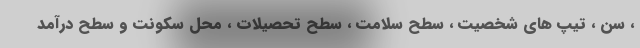
، سن ، تیپ های شخصیت ، سطح سلامت ، سطح تحصیلات ، محل سکونت و سطح درآمد